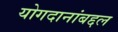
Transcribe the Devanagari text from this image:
योगदानांबद्दल